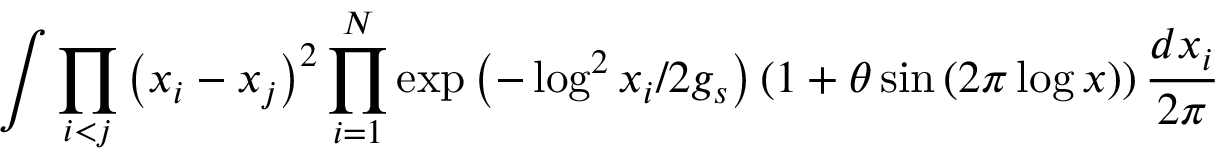
\int \prod _ { i < j } \left( x _ { i } - x _ { j } \right) ^ { 2 } \prod _ { i = 1 } ^ { N } \exp \left( - \log ^ { 2 } x _ { i } / 2 g _ { s } \right) \left( 1 + \theta \sin \left( 2 \pi \log x \right) \right) \frac { d x _ { i } } { 2 \pi }